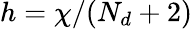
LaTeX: h=\chi/(N_{d}+2)